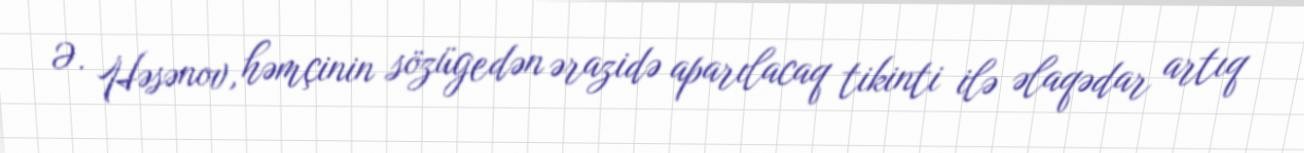
Ə. Həsənov, həmçinin sözügedən ərazidə aparılacaq tikinti ilə əlaqədar artıq